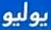
يوليو